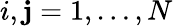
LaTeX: i,\mathbf{j}=1,\dots,N